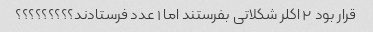
قرار بود ۲ اکلر شکلاتی بفرستند اما ۱ عدد فرستادند؟؟؟؟؟؟؟؟؟